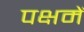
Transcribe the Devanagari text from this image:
पक्षमें